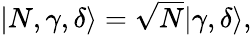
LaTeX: \begin{array}{r}{|N,\gamma,\delta\rangle=\sqrt{N}|\gamma,\delta\rangle,}\end{array}